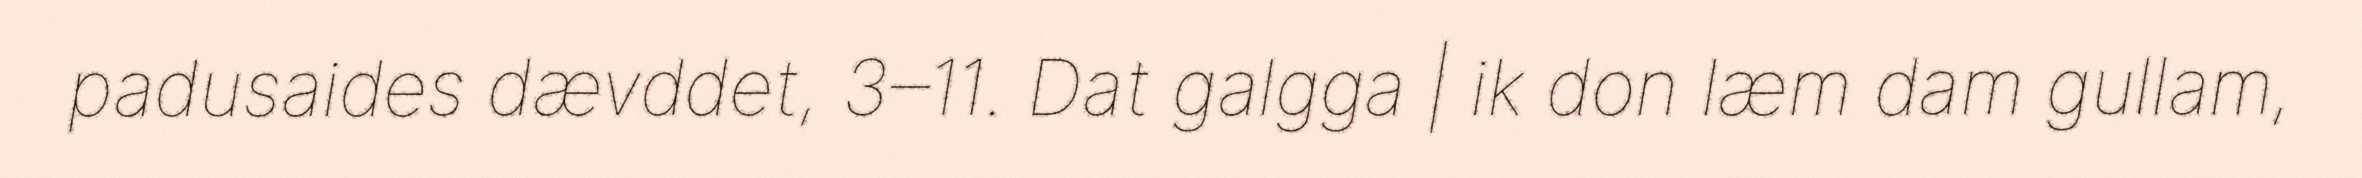
padusaides dævddet, 3–11. Dat galgga | ik don læm dam gullam,